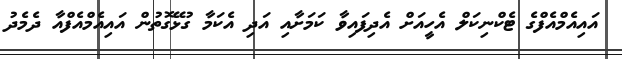
އައިއެމްއެފްގެ ޓެކްނިކަލް އެހީއަށް އެދިފައިވާ ކަމަށާއި އަދި އެކަމާ ގުޅޭގޮތުން އައިއެމްއެފްއާ ދެމެދު